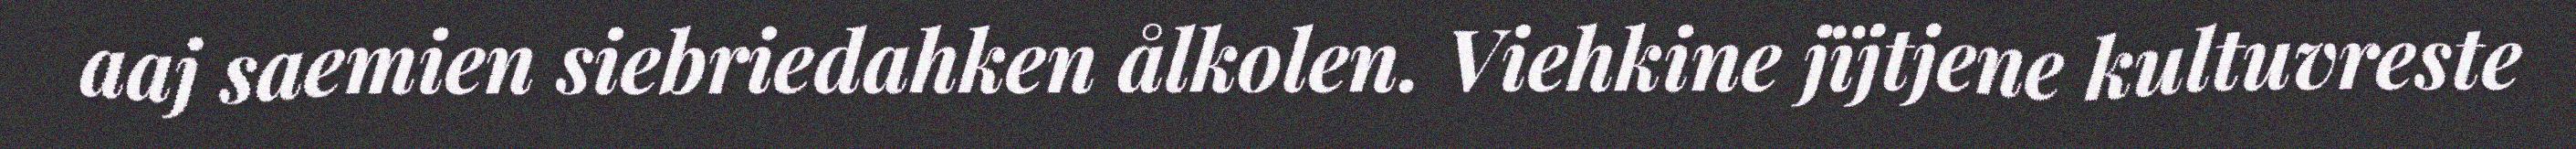
aaj saemien siebriedahken ålkolen. Viehkine jïjtjene kultuvreste